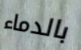
بالدماء